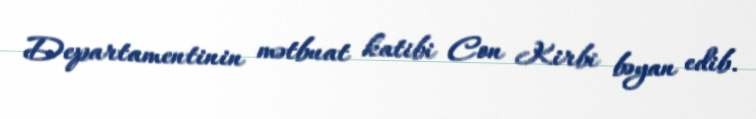
Departamentinin mətbuat katibi Con Kirbi bəyan edib.